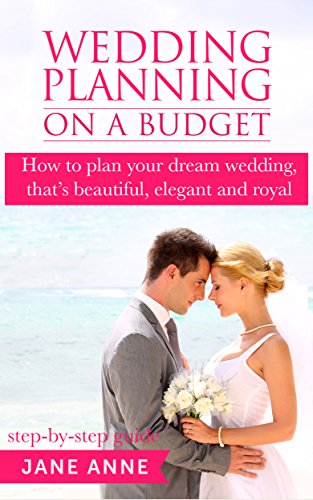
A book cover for Wedding Planning On A Budget: How to plan your dream wedding, that's beautiful, elegant and royal (step-by-step guide) (Wedding Planning Ideas Book 1); Jane Anne; Crafts, Hobbies & Home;